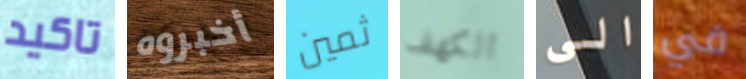
تاكيد أخبروه ثمين الكهف الى في